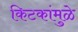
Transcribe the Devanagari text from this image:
किटकांमुळे